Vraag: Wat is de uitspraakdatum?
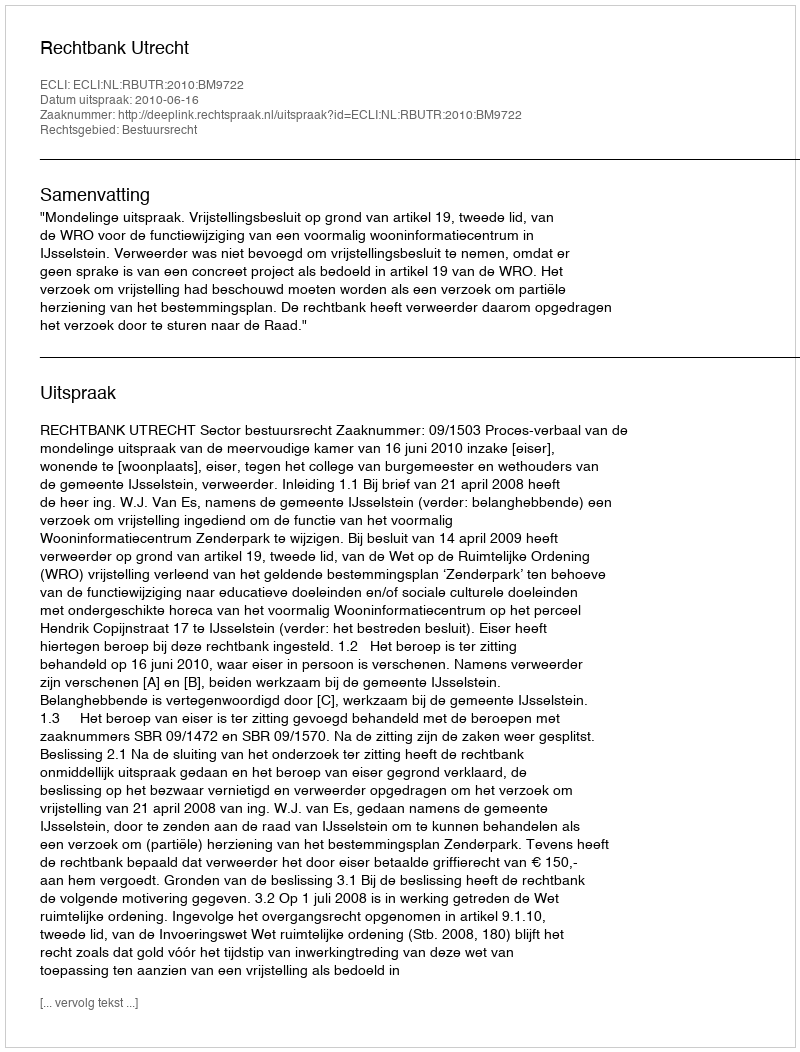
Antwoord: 2010-06-16